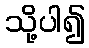
သို့ပါ၍